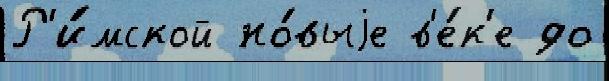
Р'и́мской но́выjе в'е́к'е до